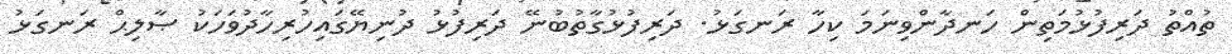
ތުއްތު ދަރިފުޅުމަތިން ހަނދާންވިނަމަ ކިހާ ރަނގަޅު. ދަރިފުޅުގާތުބުނޭ ދަރިފުޅު ދުނިޔޭގައިހުރިހާދުވަހަކު ޞާލިޙް ރަނގަޅު